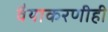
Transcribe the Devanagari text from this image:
वैयाकरणीही